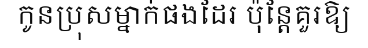
កូនប្រុសម្នាក់ផងដែរ ប៉ុន្តែគួរឱ្យ